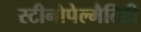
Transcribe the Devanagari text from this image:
स्टीनोपेल्मैटिडी